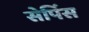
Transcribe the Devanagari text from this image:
सेर्पिस